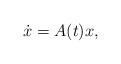
LaTeX: \begin{align*}\dot{x} = A(t)x,\end{align*}